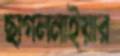
ছাগলনাইয়ার